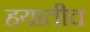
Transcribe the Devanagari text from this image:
हयातीच